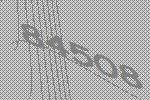
84508